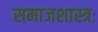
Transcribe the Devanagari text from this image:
समाजशास्त्रः